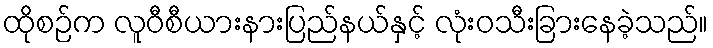
ထိုစဉ်က လူဝီစီယားနားပြည်နယ်နှင့် လုံးဝသီးခြားနေခဲ့သည်။